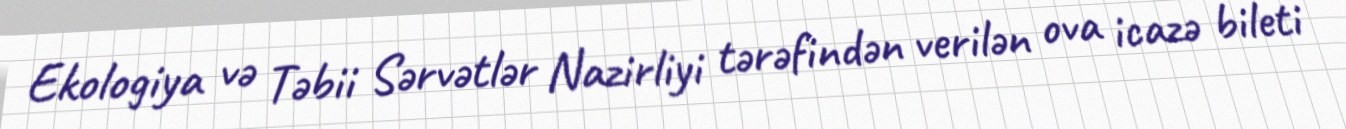
Ekologiya və Təbii Sərvətlər Nazirliyi tərəfindən verilən ova icazə bileti